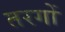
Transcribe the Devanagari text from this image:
तरगोँ